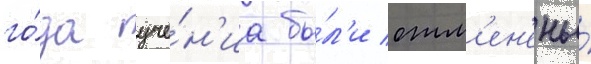
го́да уче́н'иа бы́л'и отм'ен'ены́